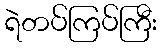
ရဲတပ်ကြပ်ကြီး